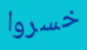
خسروا